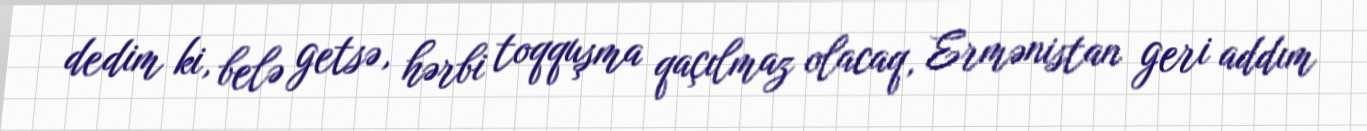
dedim ki, belə getsə, hərbi toqquşma qaçılmaz olacaq, Ermənistan geri addım